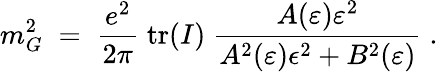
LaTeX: m_{G}^{2}\; =\; \frac{e^{2}}{2\pi}\; \mathrm{tr}(I)\; \frac{A(\varepsilon)\varepsilon^{2}}{A^{2}(\varepsilon)\epsilon^{2}+B^{2}(\varepsilon)}\; .